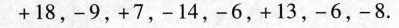
+18，-9，+7，-14，-6，+13，-6，-8.